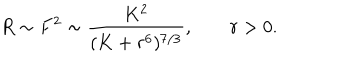
LaTeX: R \sim F ^ { 2 } \sim \frac { K ^ { 2 } } { ( K + r ^ { 6 } ) ^ { 7 / 3 } } , \; r > 0 .